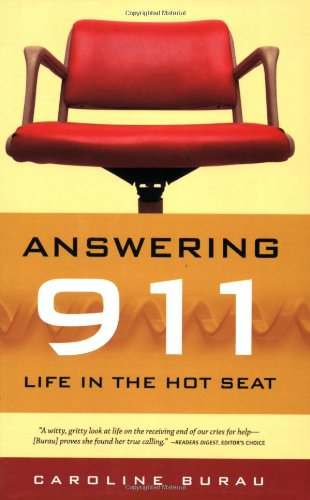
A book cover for Answering 911: Life in the Hot Seat; Caroline Burau; Biographies & Memoirs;